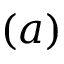
( a )